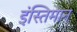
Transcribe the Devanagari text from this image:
इंस्तिमान